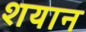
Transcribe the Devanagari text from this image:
शयान